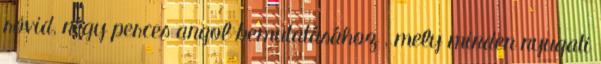
rövid, négy perces angol bemutatásához , mely minden nyugati